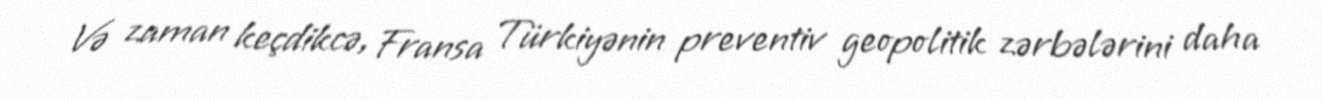
Və zaman keçdikcə, Fransa Türkiyənin preventiv geopolitik zərbələrini daha